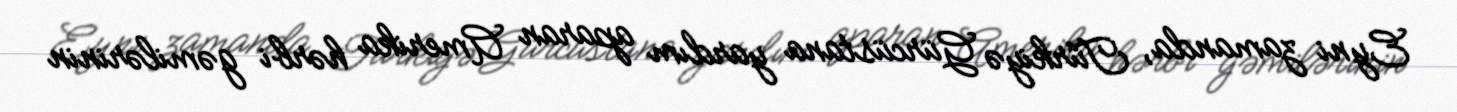
Eyni zamanda, Türkiyə Gürcüstana yardım aparan Amerika hərbi gəmilərinin